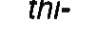
thi-